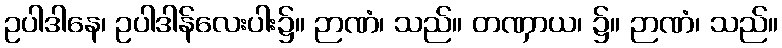
ဥပါဒါနေ၊ ဥပါဒါန်လေးပါး၌။ ဉာဏံ၊ သည်။ တဏှာယ၊ ၌။ ဉာဏံ၊ သည်။